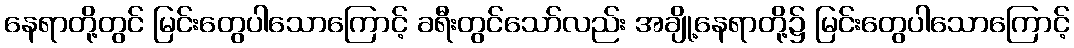
နေရာတို့တွင် မြင်းတွေပါသောကြောင့် ခရီးတွင်သော်လည်း အချို့နေရာတို့၌ မြင်းတွေပါသောကြောင့်